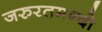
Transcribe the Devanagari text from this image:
जरुरतमन्दो